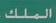
الملك